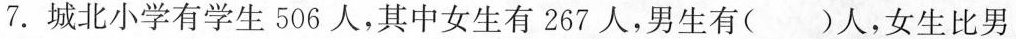
7.城北小学有学生506人，其中女生有267人，男生有()人，女生比男